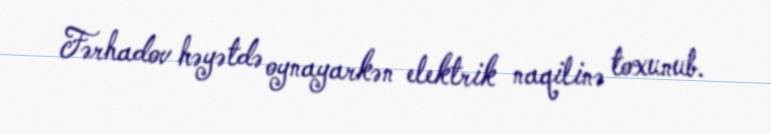
Fərhadov həyətdə oynayarkən elektrik naqilinə toxunub.